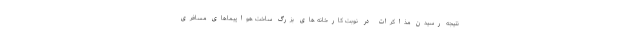
نتیجه رسیدن مذاکرات در نوبت کارخانه های بزرگ ساخت هواپیماهای مسافری